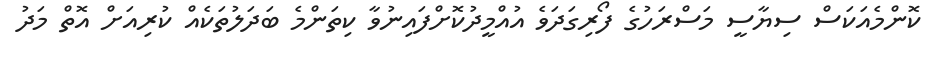
ކޮންމެއަކަސް ސިޔާސީ މަސްރަހުގެ ފޯރިގަދަވެ އުއްމީދުކޮށްފައިިނުވާ ކިތަންމެ ބަދަލުތަކެއް ކުރިއަށް އޮތް މަދު